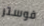
فوستر